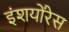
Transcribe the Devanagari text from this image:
इंशयोंरेस